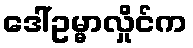
ဒေါ်ဥမ္မာလှိုင်က